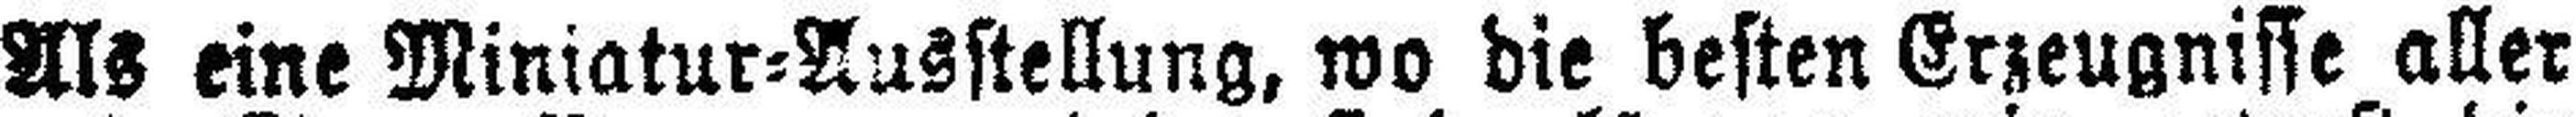
Als eine Miniatur=Ausstellung, wo die besten Erzeugnisse aller